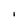
Character: l